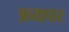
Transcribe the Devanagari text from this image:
अव्यापारः